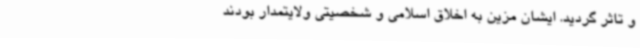
و تاثر گردید. ایشان مزین به اخلاق اسلامی و شخصیتی ولایتمدار بودند